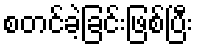
စတင်ခဲ့ခြင်းဖြစ်ပြီး